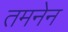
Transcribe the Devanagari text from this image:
तमनेन